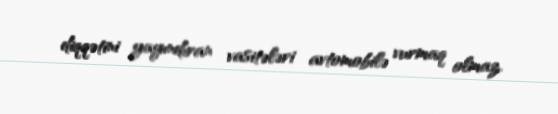
diqqətini yayındıran vasitələri avtomobilə vurmaq olmaz.